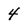
Character: 4